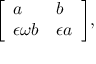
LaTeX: { \left[ \begin{array} { l l } { a } & { b } \\ { \epsilon \omega b } & { \epsilon a } \end{array} \right] } ,